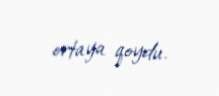
ortaya qoydu.